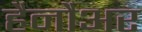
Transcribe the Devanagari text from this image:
हैनौअर